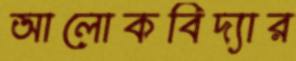
আলোকবিদ্যার